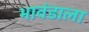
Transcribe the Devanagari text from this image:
भावंडाला